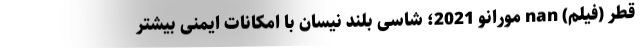
قطر (فیلم) nan مورانو 2021؛ شاسی بلند نیسان با امکانات ایمنی بیشتر